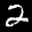
Label: 2